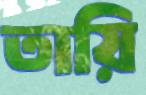
তায়ি